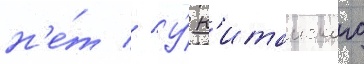
н'е́т // У́ к'итаиского